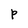
Character: p